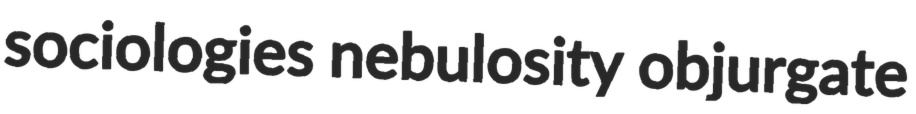
sociologies nebulosity objurgate